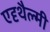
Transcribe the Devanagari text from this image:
एदृथैल्मी